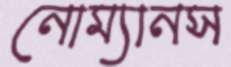
নোম্যানস